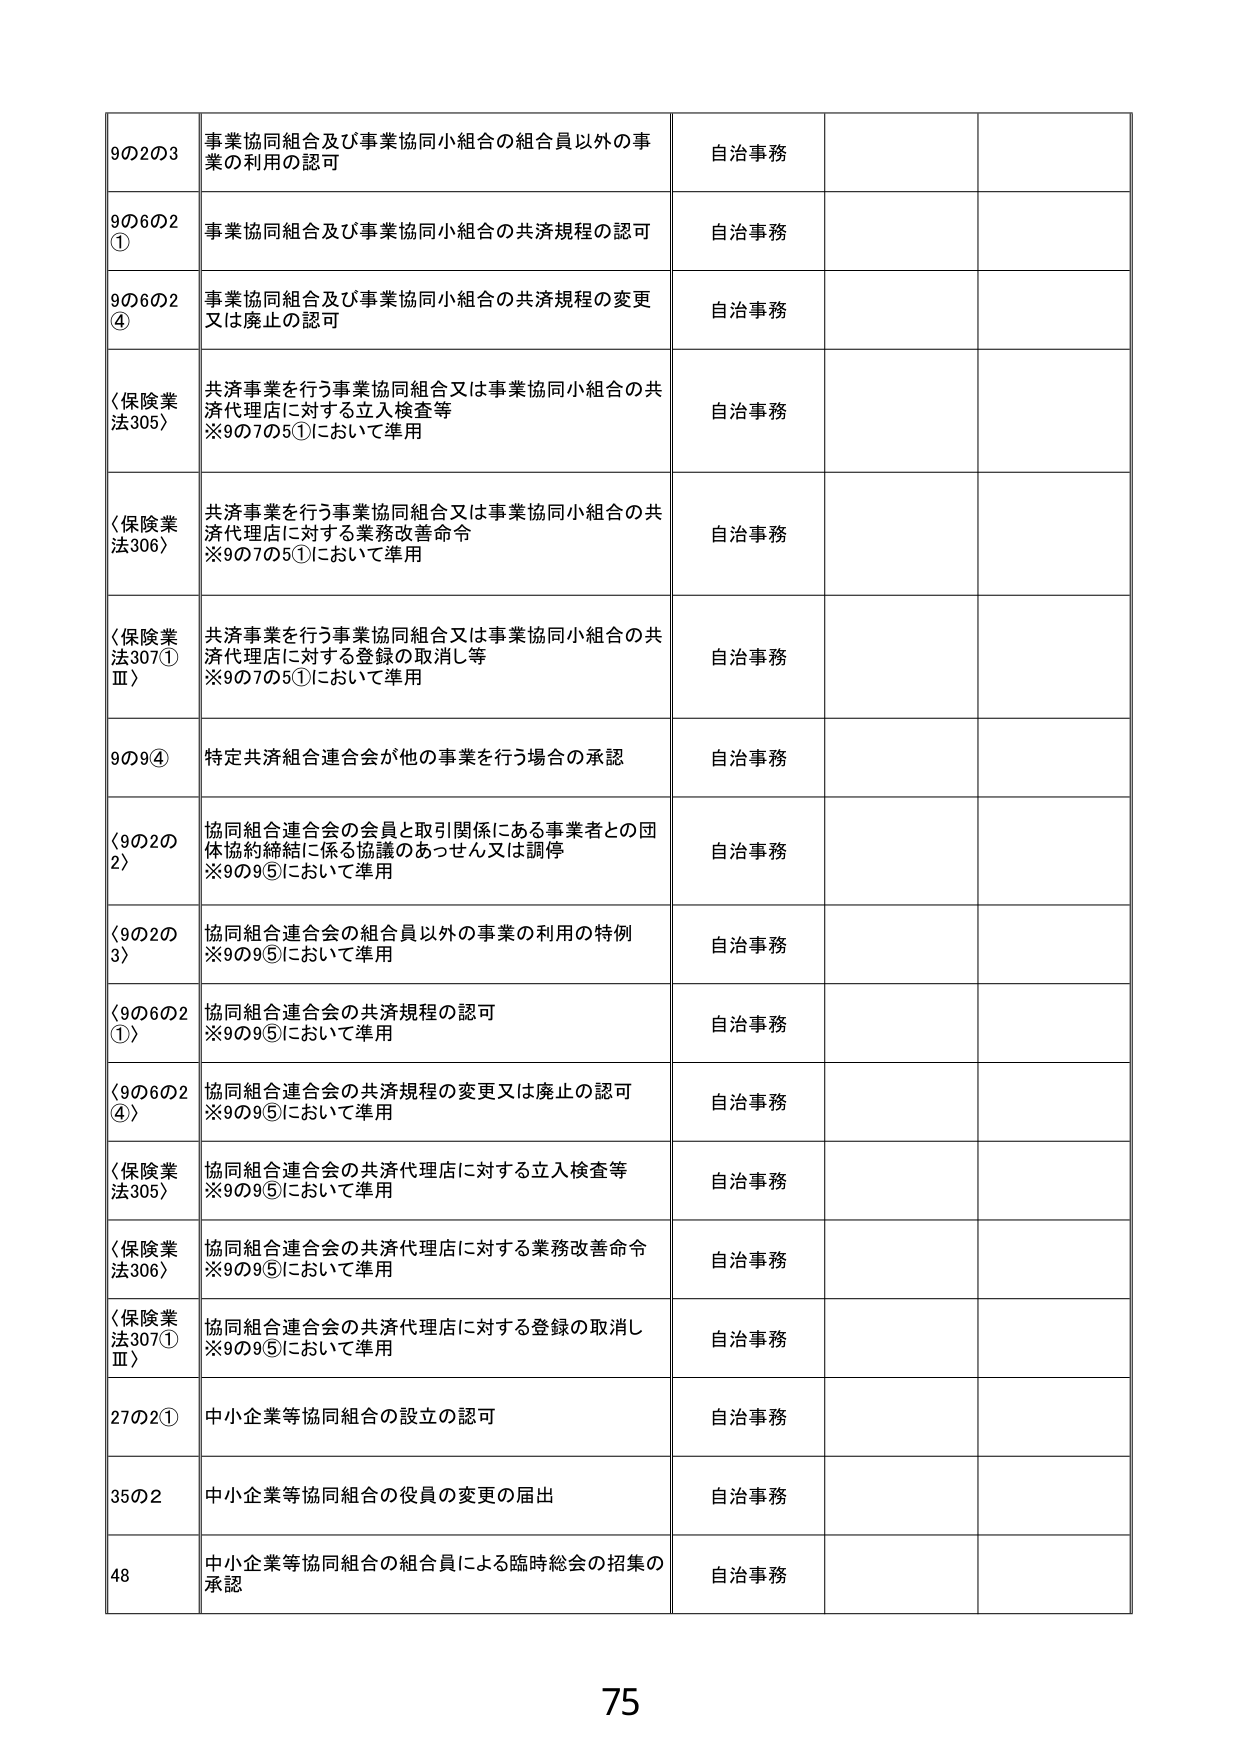
9の2の3 事業協同組合及び事業協同小組合の組合員以外の事業の利用の認可 自治事務
9の6の2 ① 事業協同組合及び事業協同小組合の共済規程の認可 自治事務
9の6の2 ④ 事業協同組合及び事業協同小組合の共済規程の変更又は廃止の認可 自治事務
〈保険業法305〉 共済事業を行う事業協同組合又は事業協同小組合の共済代理店に対する立入検査等 ※9の7の5①において準用 自治事務
〈保険業法306〉 共済事業を行う事業協同組合又は事業協同小組合の共済代理店に対する業務改善命令 ※9の7の5①において準用 自治事務
〈保険業法307①Ⅲ〉 共済事業を行う事業協同組合又は事業協同小組合の共済代理店に対する登録の取消し等 ※9の7の5①において準用 自治事務
9の9④ 特定共済組合連合会が他の事業を行う場合の承認 自治事務
〈9の2の2〉 協同組合連合会の会員と取引関係にある事業者との団体協約締結に係る協議のあっせん又は調停 ※9の9⑤において準用 自治事務
〈9の2の3〉 協同組合連合会の組合員以外の事業の利用の特例 ※9の9⑤において準用 自治事務
〈9の6の2①〉 協同組合連合会の共済規程の認可 ※9の9⑤において準用 自治事務
〈9の6の2④〉 協同組合連合会の共済規程の変更又は廃止の認可 ※9の9⑤において準用 自治事務
〈保険業法305〉 協同組合連合会の共済代理店に対する立入検査等 ※9の9⑤において準用 自治事務
〈保険業法306〉 協同組合連合会の共済代理店に対する業務改善命令 ※9の9⑤において準用 自治事務
〈保険業法307①Ⅲ〉 協同組合連合会の共済代理店に対する登録の取消し ※9の9⑤において準用 自治事務
27の2① 中小企業等協同組合の設立の認可 自治事務
35の2 中小企業等協同組合の役員の変更の届出 自治事務
48 中小企業等協同組合の組合員による臨時総会の招集の承認 自治事務
75